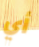
أي